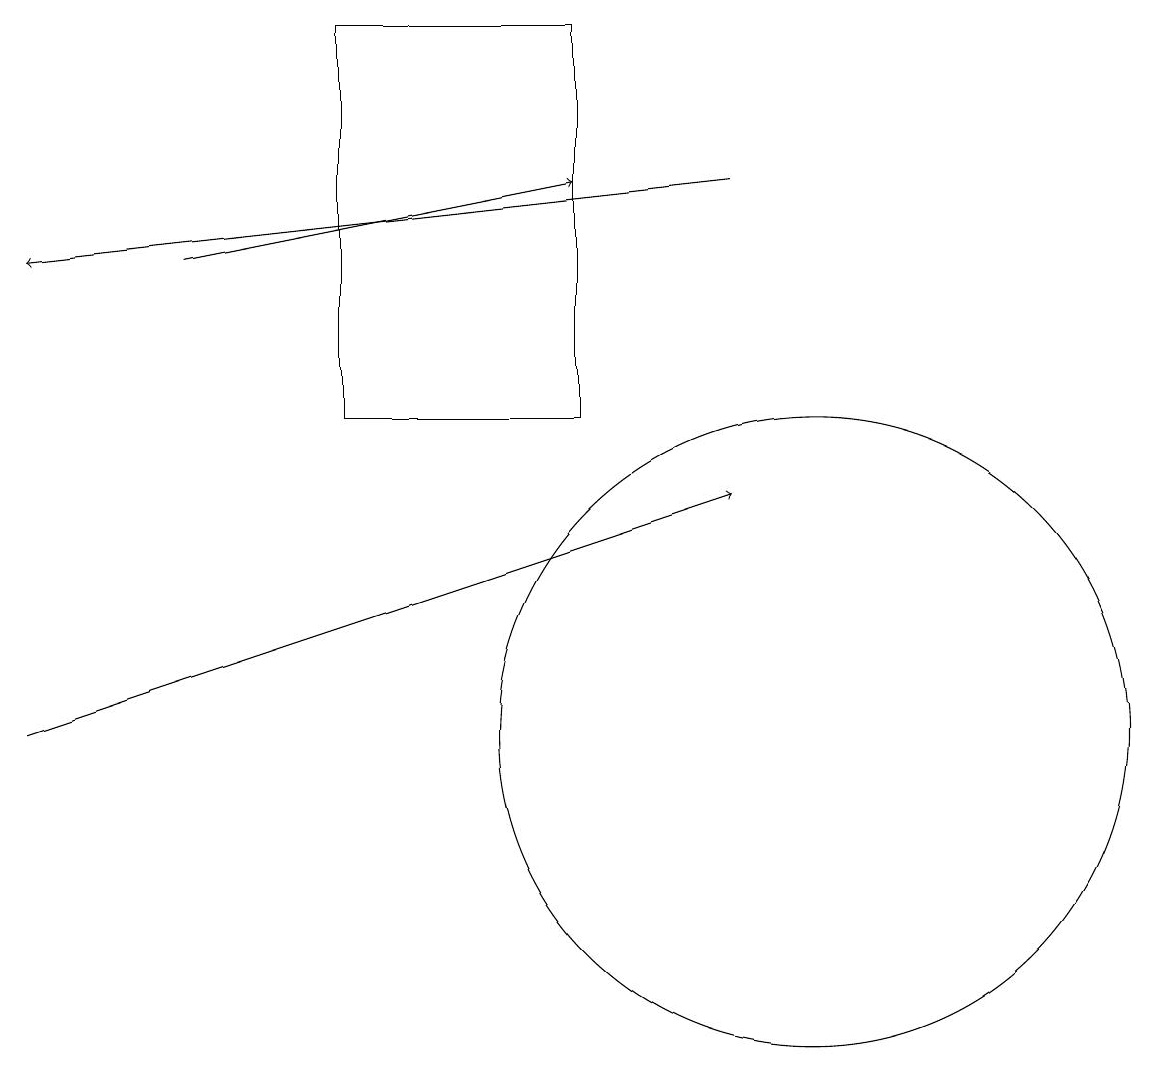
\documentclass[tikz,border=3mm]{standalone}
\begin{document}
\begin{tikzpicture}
\draw[->] (2,16) -- (7,17);
\draw (7,19) rectangle (4,14);
\draw[->] (0,10) -- (9,13);
\draw (10,10) circle (4);
\draw[->] (9,17) -- (0,16);
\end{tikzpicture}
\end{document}